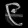
Digit: ၉